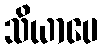
သိယာပေ